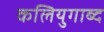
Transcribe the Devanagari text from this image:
कलियुगाब्द